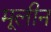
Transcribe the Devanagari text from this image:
मूलीन